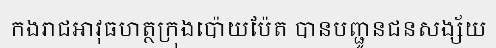
កងរាជអាវុធហត្ថក្រុងប៉ោយប៉ែត បានបញ្ជូនជនសង្ស័យ